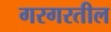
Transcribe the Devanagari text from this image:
गरगरतील